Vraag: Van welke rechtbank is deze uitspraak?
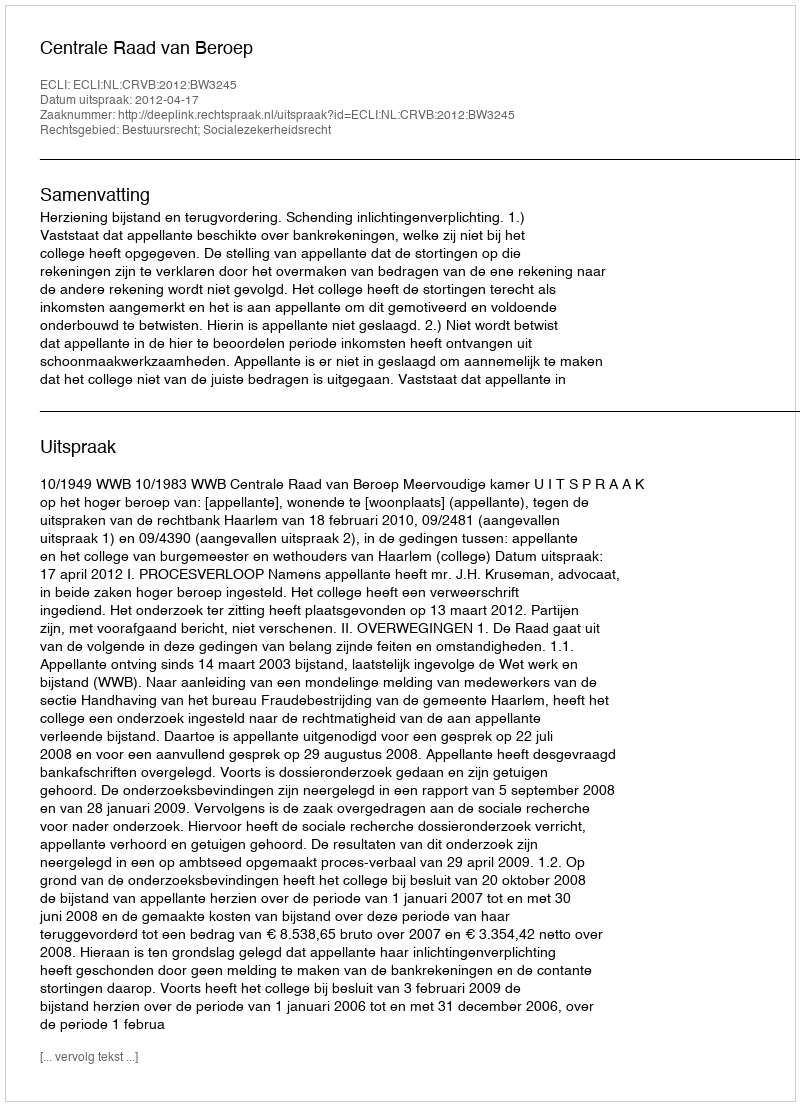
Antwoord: Centrale Raad van Beroep